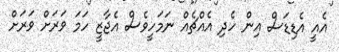
އެއީ އެޑިޑަސް އިން ހެދި އެއްޗެއް ނަމަހީވެސް އެޖާޒީ ހަމަ ވަރަށް ވަރަށް